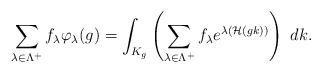
LaTeX: \begin{align*}\sum_{\lambda\in\Lambda^+}f_\lambda\varphi_\lambda(g)=\int_{K_g}\left(\sum_{\lambda\in\Lambda^+}f_\lambda e^{\lambda(\mathcal{H}(gk))}\right)\ dk.\end{align*}